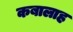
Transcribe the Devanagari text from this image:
कबालाह